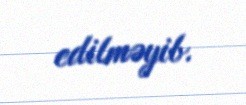
edilməyib.